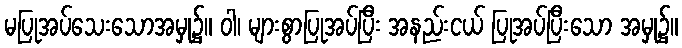
မပြုအပ်သေးသောအမှု၌။ ဝါ၊ များစွာပြုအပ်ပြီး အနည်းငယ် ပြုအပ်ပြီးသော အမှု၌။